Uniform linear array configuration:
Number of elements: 24
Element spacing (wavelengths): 0.5
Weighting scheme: exponential
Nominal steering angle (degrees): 15
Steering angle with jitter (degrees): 16.73
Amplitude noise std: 0.05
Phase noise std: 0.05

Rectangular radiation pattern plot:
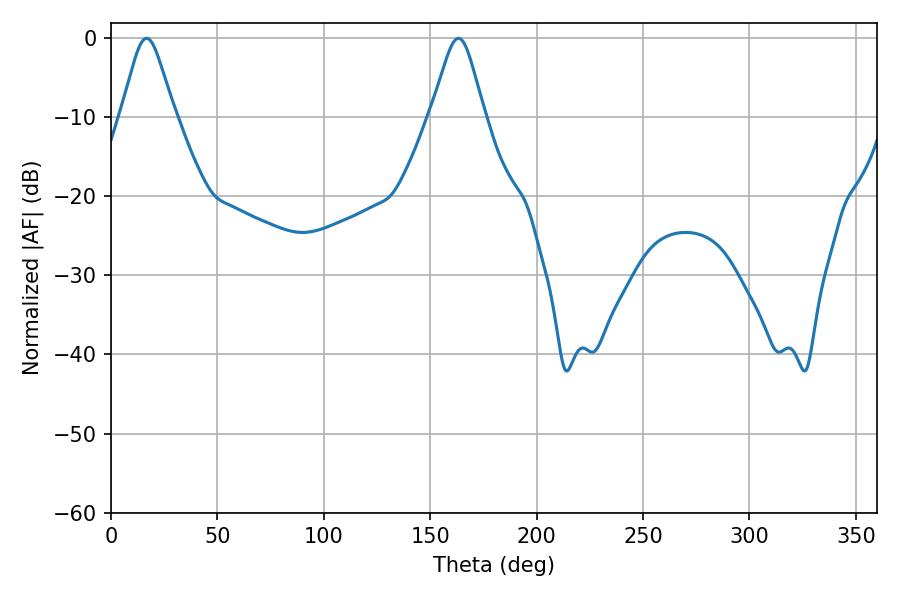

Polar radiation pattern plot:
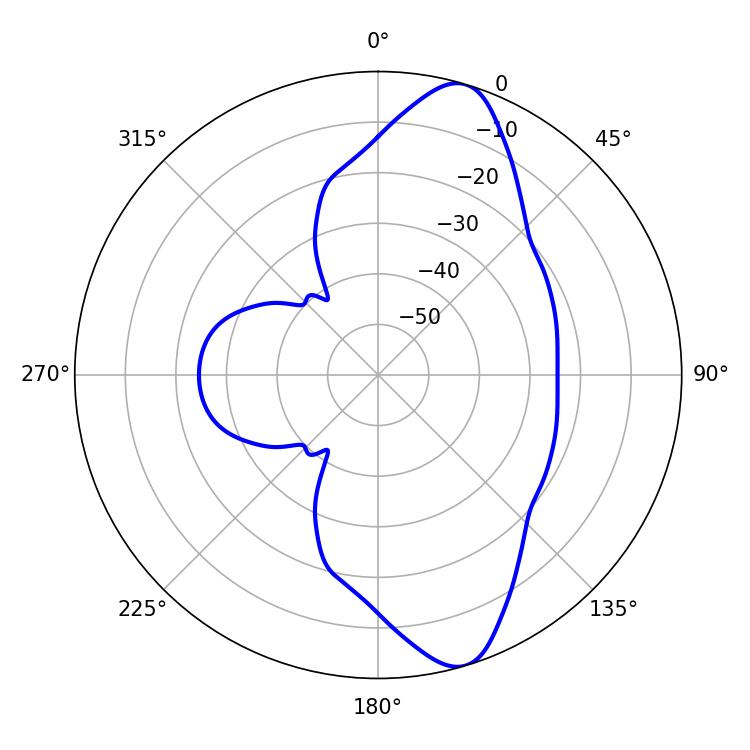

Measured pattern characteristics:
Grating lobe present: FALSE
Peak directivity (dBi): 11.062
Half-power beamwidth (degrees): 12.06
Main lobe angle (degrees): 16.74